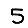
Digit: 5